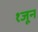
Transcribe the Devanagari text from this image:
१जून